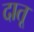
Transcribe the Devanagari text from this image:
दातू